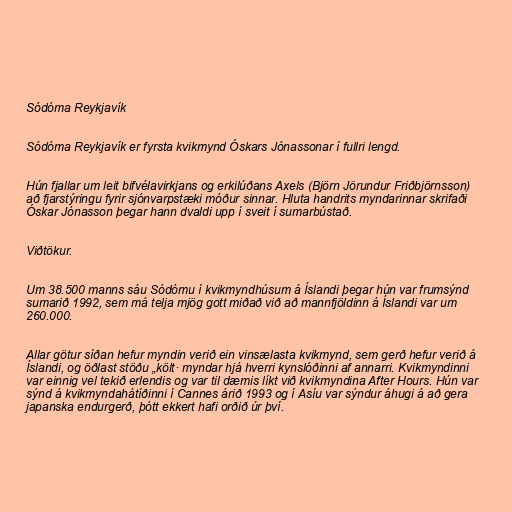
Sódóma Reykjavík

Sódóma Reykjavík er fyrsta kvikmynd Óskars Jónassonar í fullri lengd.

Hún fjallar um leit bifvélavirkjans og erkilúðans Axels (Björn Jörundur Friðbjörnsson)
að fjarstýringu fyrir sjónvarpstæki móður sinnar. Hluta handrits myndarinnar skrifaði
Óskar Jónasson þegar hann dvaldi upp í sveit í sumarbústað.

Viðtökur.

Um 38.500 manns sáu Sódómu í kvikmyndhúsum á Íslandi þegar hún var frumsýnd
sumarið 1992, sem má telja mjög gott miðað við að mannfjöldinn á Íslandi var um
260.000.

Allar götur síðan hefur myndin verið ein vinsælasta kvikmynd, sem gerð hefur verið á
Íslandi, og öðlast stöðu „költ· myndar hjá hverri kynslóðinni af annarri. Kvikmyndinni
var einnig vel tekið erlendis og var til dæmis líkt við kvikmyndina After Hours. Hún var
sýnd á kvikmyndahátíðinni í Cannes árið 1993 og í Asíu var sýndur áhugi á að gera
japanska endurgerð, þótt ekkert hafi orðið úr því.